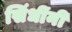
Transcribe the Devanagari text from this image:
सिंधींनी